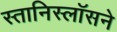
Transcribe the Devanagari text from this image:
स्तानिस्लॉसने